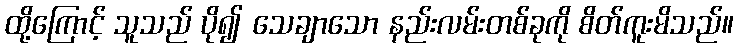
ထို့ကြောင့် သူသည် ပို၍ သေချာသော နည်းလမ်းတစ်ခုကို စိတ်ကူးမိသည်။